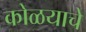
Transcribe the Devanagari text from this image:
कोळयाचे